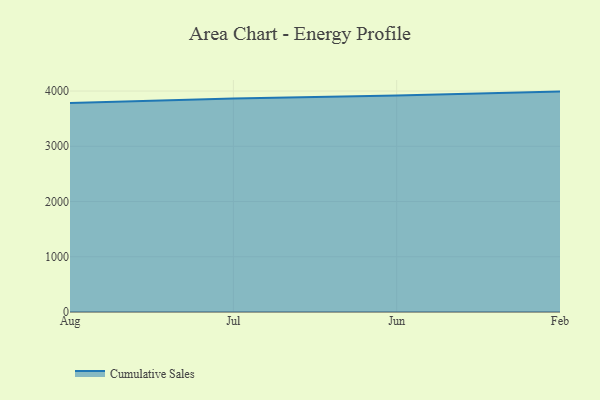
{"axis": {"x": "Month", "y": "Inventory Turnover"}, "legend": ["Cumulative Sales"], "data": [{"x": "Aug", "y": 3781.4, "type": "Cumulative Sales"}, {"x": "Jul", "y": 3866.8, "type": "Cumulative Sales"}, {"x": "Jun", "y": 3919.5, "type": "Cumulative Sales"}, {"x": "Feb", "y": 3989.9, "type": "Cumulative Sales"}]}